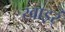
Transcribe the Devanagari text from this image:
खाइर्ं